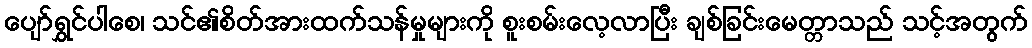
ပျော်ရွှင်ပါစေ၊ သင်၏စိတ်အားထက်သန်မှုများကို စူးစမ်းလေ့လာပြီး ချစ်ခြင်းမေတ္တာသည် သင့်အတွက်